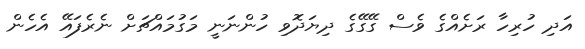
އަދި ހުރިހާ ރަށެއްގެ ވެސް ގޭގޭގެ ދިޔަދޮވި ހުންނަނީ މަގުމައްޗަށް ނެރެފައޭ އެހެން